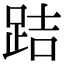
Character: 𨀙